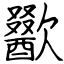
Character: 歠